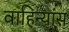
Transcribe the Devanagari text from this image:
वाहिन्यांस